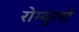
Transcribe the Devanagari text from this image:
रोम्युलो